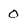
Character: 0